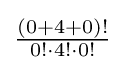
\textstyle {(0+4+0)! \over 0!\cdot 4!\cdot 0!}